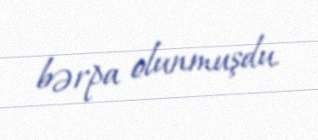
bərpa olunmuşdu.